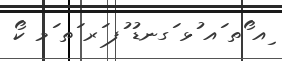
ިއ ޯތ ައ ުޅ ަގނޑު ުފ ަރ ަތ ަމ ކޯ